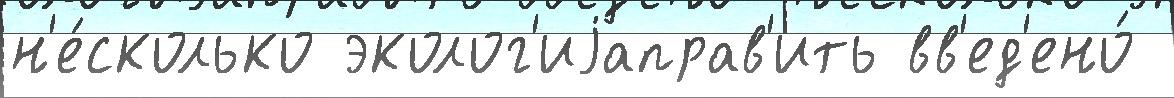
н'е́сколько эколог'иjаправ'ить вв'ед'ено́